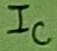
Text: IC